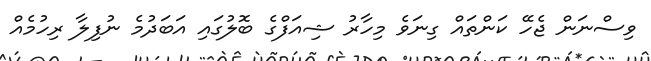
ވިސްނަން ޖެހޭ ކަންތައް ގިނަވެ މިހާރު ޝިއަފްގެ ބޮލުގައި އަބަދުމެ ނުފިލާ ރިހުމެއް